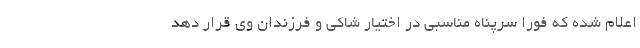
اعلام شده که فورا سرپناه مناسبی در اختیار شاکی و فرزندان وی قرار دهد